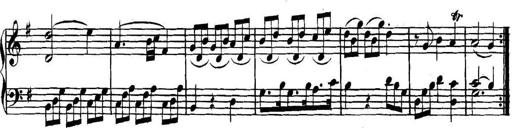
Title: Collected Piano Sonatas
Composer: Muzio Clementi